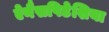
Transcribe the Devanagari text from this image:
ऐनैसपिडेशिया